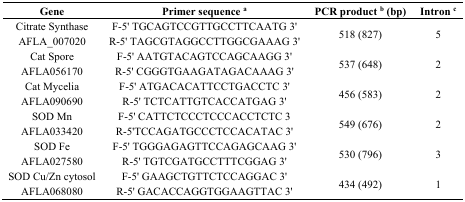
| Gene | Primer sequence a | PCR product b (bp) | Intron c |
 | --- | --- | --- | --- |
 | Citrate Synthase AFLA_007020 | F-5' TGCAGTCCGTTGCCTTCAATG 3' R-5' TAGCGTAGGCCTTGGCGAAAG 3' | 518 (827) | 5 |
 | Cat Spore AFLA056170 | F-5' AATGTACAGTCCAGCAAGG 3' R-5' CGGGTGAAGATAGACAAAG 3' | 537 (648) | 2 |
 | Cat Mycelia AFLA090690 | F-5' ATGACACATTCCTGACCTC 3' R-5' TCTCATTGTCACCATGAG 3' | 456 (583) | 2 |
 | SOD Mn AFLA033420 | F-5' CATTCTCCCTCCCACCTCTC 3 R-5'TCCAGATGCCCTCCACATAC 3' | 549 (676) | 2 |
 | SOD Fe AFLA027580 | F-5' TGGGAGAGTTCCAGAGCAAG 3' R-5' TGTCGATGCCTTTCGGAG 3' | 530 (796) | 3 |
 | SOD Cu/Zn cytosol AFLA068080 | F-5' GAAGCTGTTCTCCAGGAC 3' R-5' GACACCAGGTGGAAGTTAC 3' | 434 (492) | 1 |